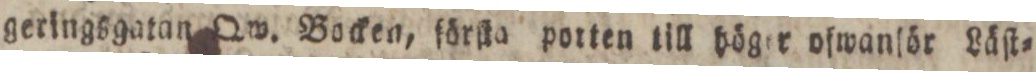
geringsgatan Qw. Bocken, förſta porten till höger ofwanſör Läſt=